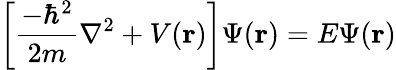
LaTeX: \left[{\frac{-\hbar^{2}}{2m}}\nabla^{2}+V(\mathbf{r})\right]\Psi(\mathbf{r})=E\Psi(\mathbf{r})